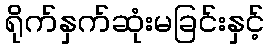
ရိုက်နှက်ဆုံးမခြင်းနှင့်